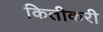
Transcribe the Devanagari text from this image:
कितीकरी